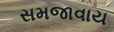
સમજાવાય